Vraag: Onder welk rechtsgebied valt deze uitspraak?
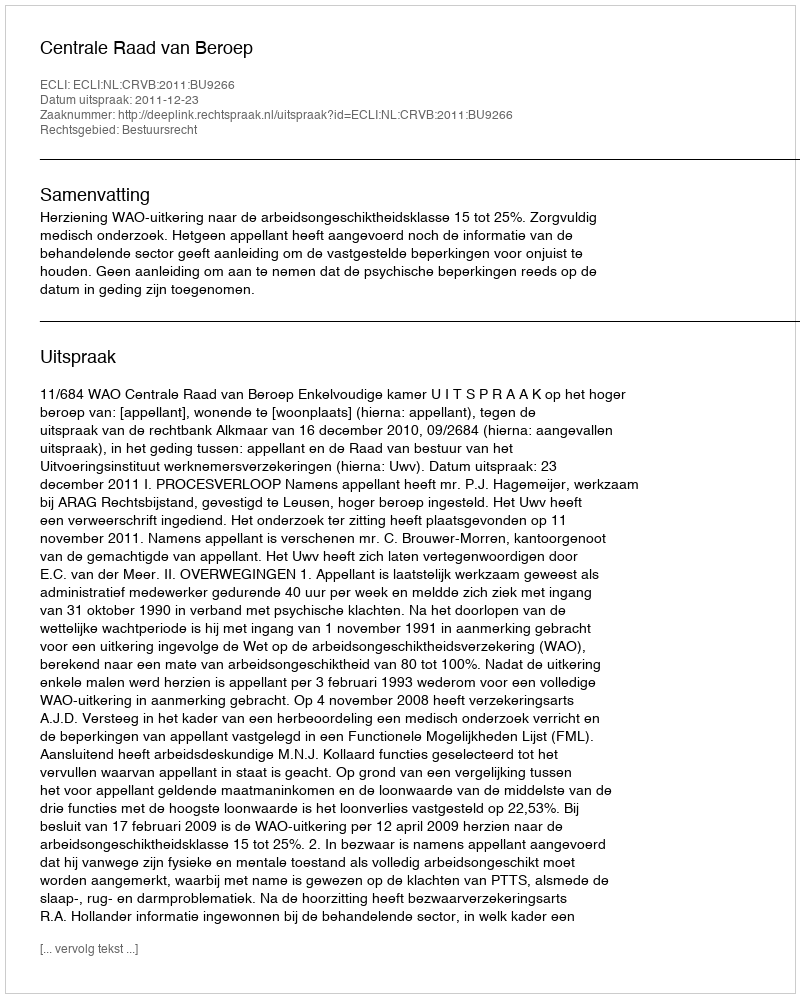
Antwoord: Bestuursrecht